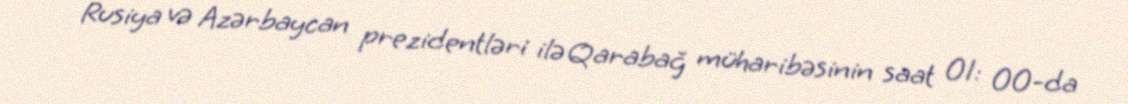
Rusiya və Azərbaycan prezidentləri ilə Qarabağ müharibəsinin saat 01: 00-da